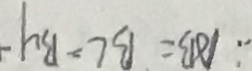
\therefore A B = B C = B y